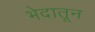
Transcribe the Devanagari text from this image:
भेदातून